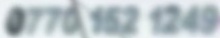
0770 152 1249